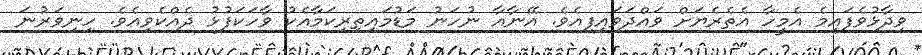
ވިދާޅުވެފައިމެ އެމީހާ އެތެރެޔަށް ވައްދަވައިފިއެވެ. އޭނާއާ ނުހަނު މަޑުމައިތިރިކަމާއެކު ވާހަކަފުޅު ދެއްކެވިއެވެ. ހިނިވަރުނަ